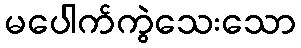
မပေါက်ကွဲသေးသော